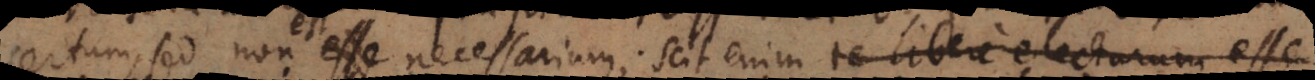
certum, sed non est necessarium; scit enim te libere electurum esse.